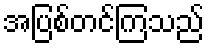
အပြစ်တင်ကြသည်